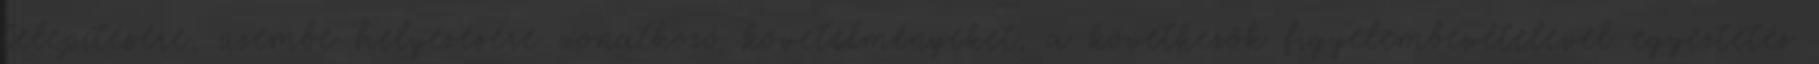
telepítésére, üzembe helyezésére vonatkozó követelményeket, a következõk figyelembevételével egyeztetés